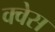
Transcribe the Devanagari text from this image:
क्वेस